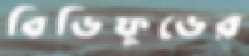
বিডিফুডের